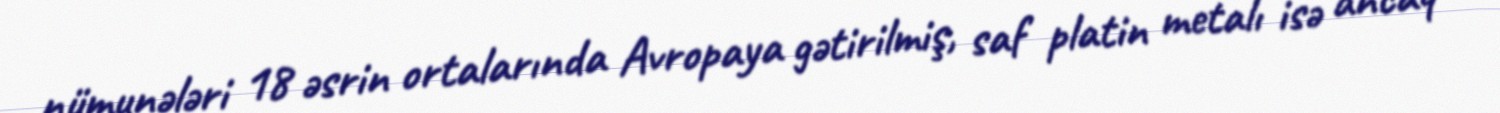
nümunələri 18 əsrin ortalarında Avropaya gətirilmiş, saf platin metalı isə ancaq